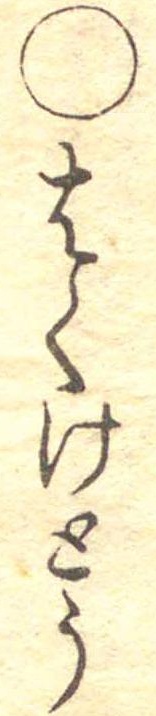
○はくけとう